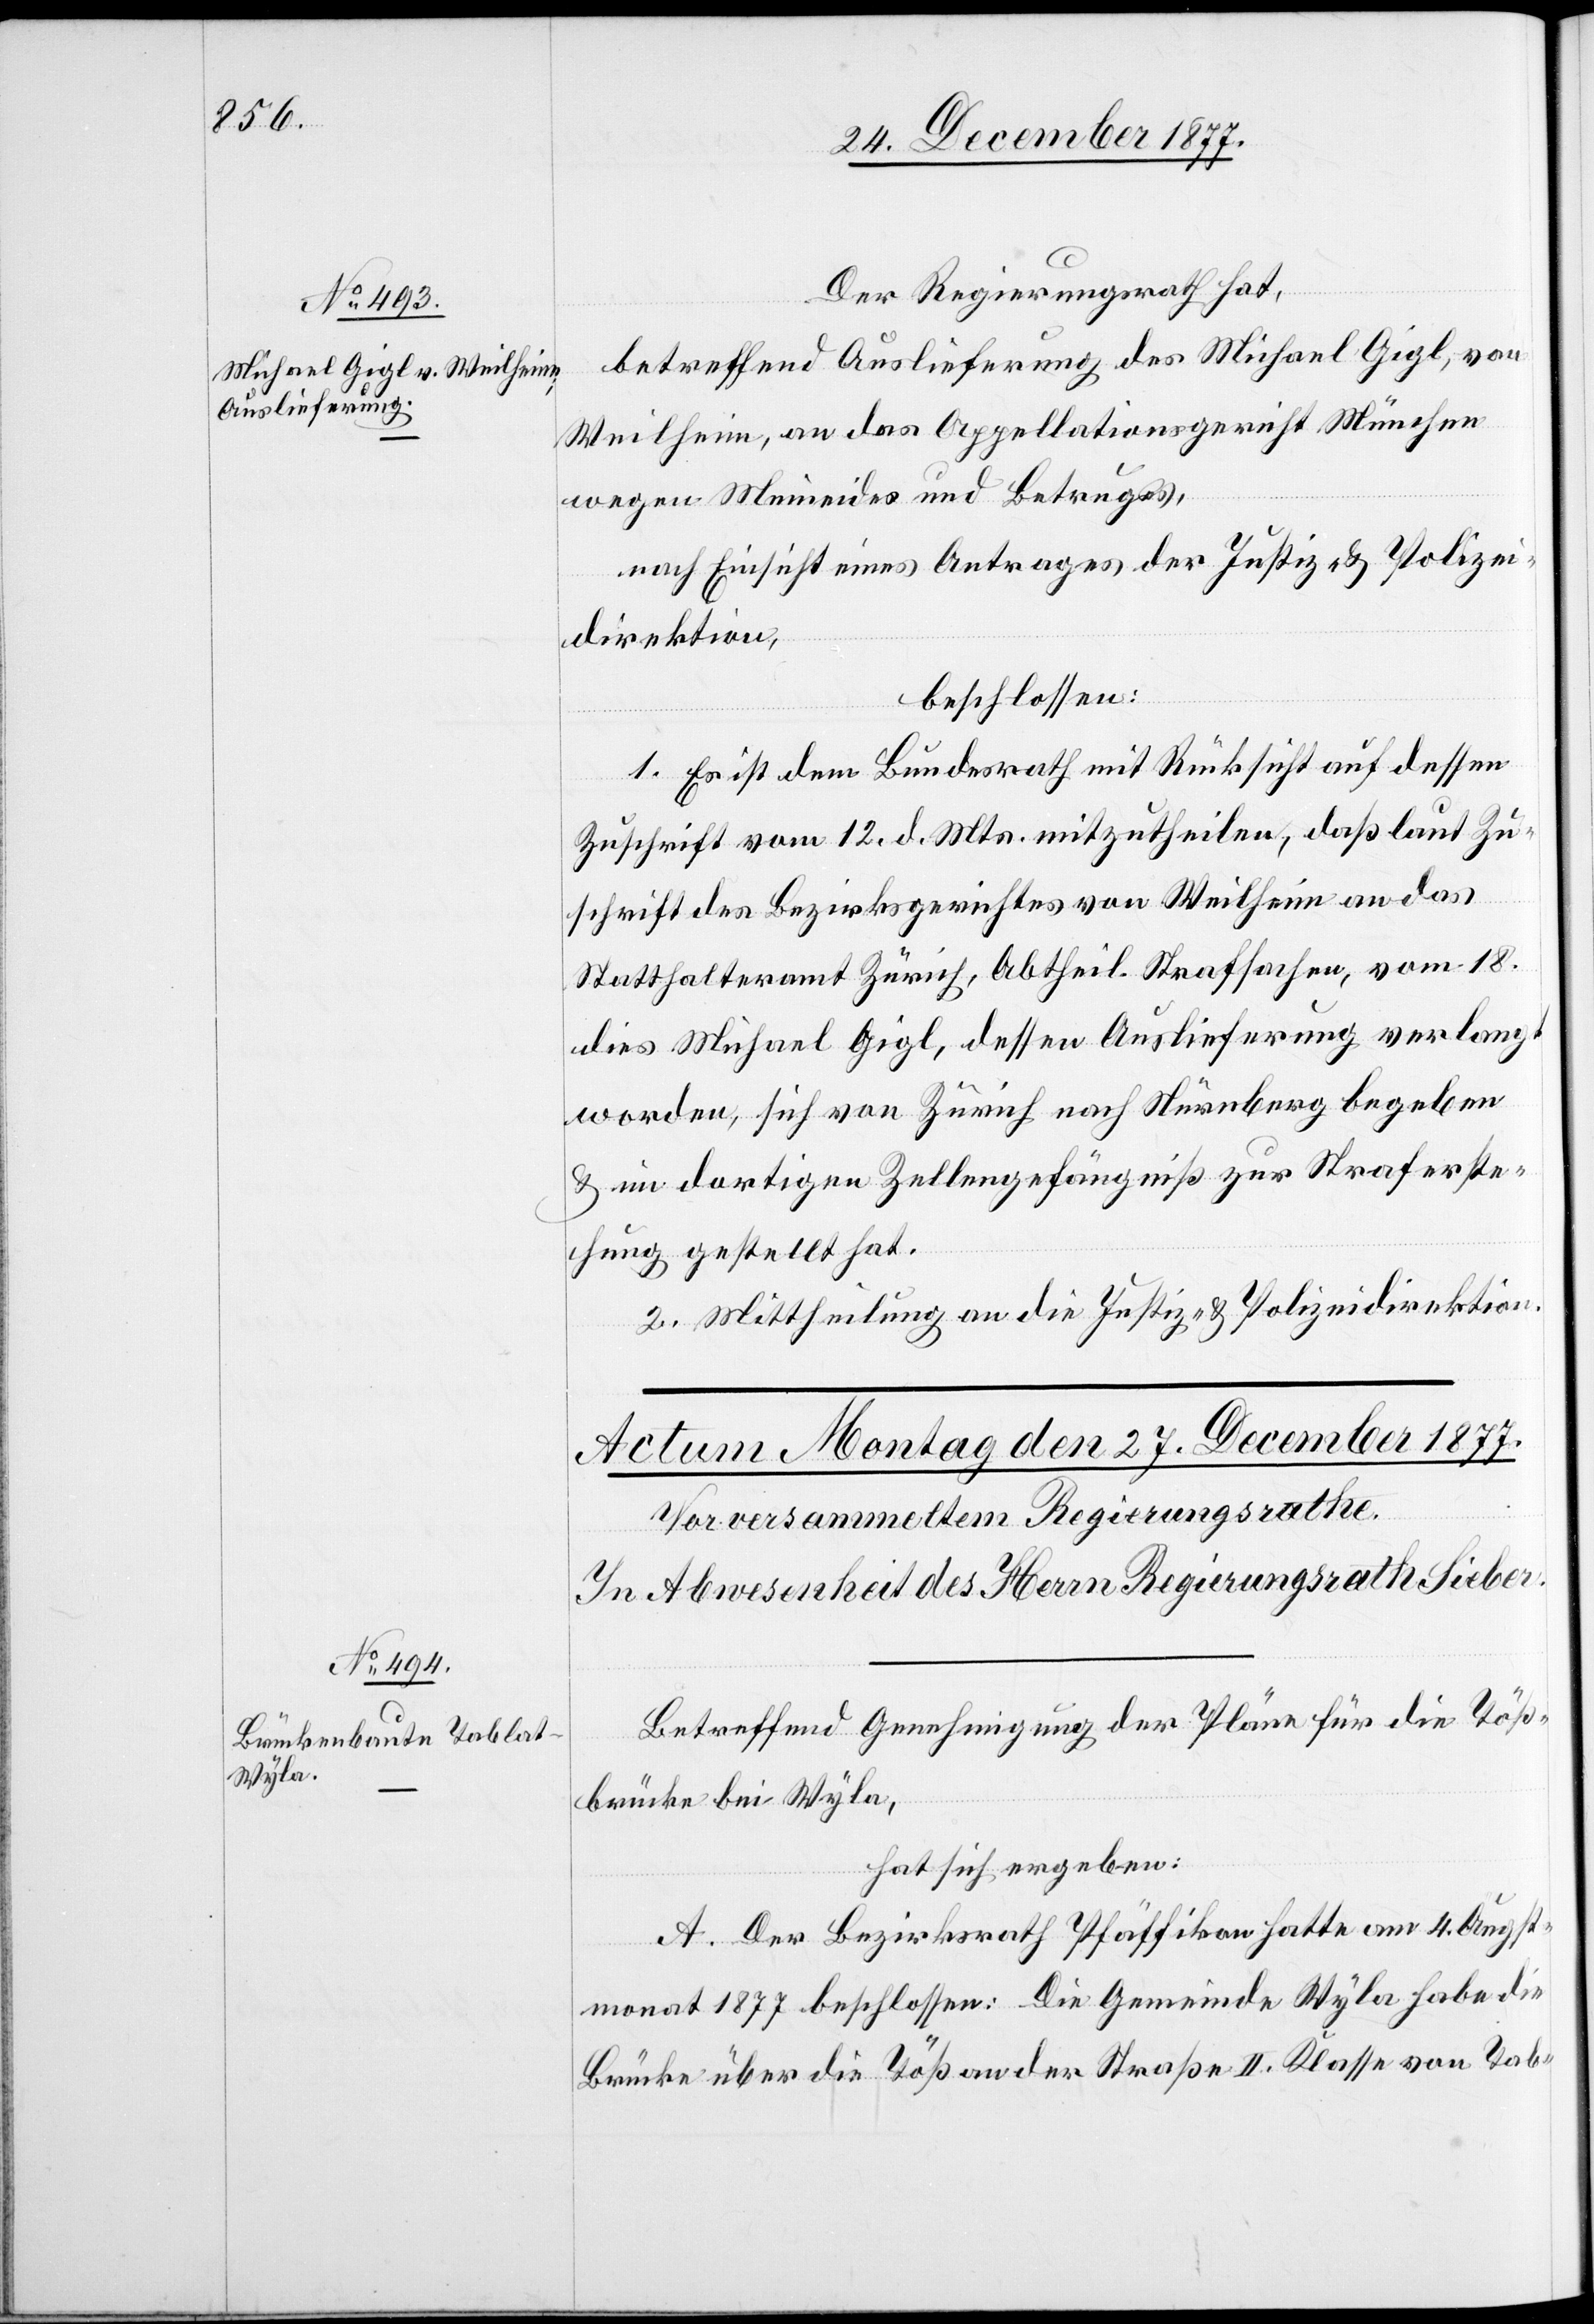
24. December 1877.]
Der Regierungsrath hat,
betreffend Auslieferung des Michael Gigl, von
Weilheim, an das Appellationsgericht München
wegen Meineides und Betruges,
nach Einsicht eines Antrages der Justiz- & Polizei¬
direktion,
beschlossen:
1. Es ist dem Bundesrath mit Rücksicht auf dessen
Zuschrift vom 12. d. Mts. mitzutheilen, daß laut Zu¬
schrift des Bezirksgerichtes von Weilheim an das
Statthalteramt Zürich, Abtheil. Strafsachen, vom 18.
dies Michael Gigl, dessen Auslieferung verlangt
worden, sich von Zürich nach Nürnberg begeben
& im dortigen Zellengefängniß zur Straferste¬
hung gestellt hat.
2. Mittheilung an die Justiz- & Polizeidirektion.
Betreffend Genehmigung der Pläne für die Töß¬
brücke bei Wyla,
hat sich ergeben:
A. Der Bezirksrath Pfäffikon hatte am 4. Augst¬
monat 1877 beschlossen: Die Gemeinde Wyla habe die
Brücke über die Töß an der Straße II. Klasse von Tab-